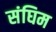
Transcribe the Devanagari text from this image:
संघिम